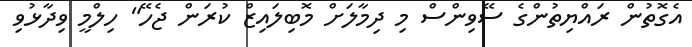
އެގޮތުން ރައްޔިތުންގެ ސޭވިންސް މި ދިމާލަށް މޮބިލައިޒް ކުރަން ޖެހޭ" ހިލްމީ ވިދާޅުވި